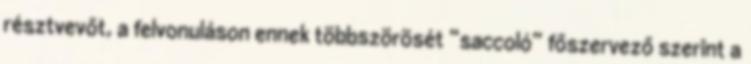
résztvevőt, a felvonuláson ennek többszörösét “saccoló” főszervező szerint a